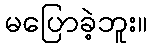
မပြောခဲ့ဘူး။